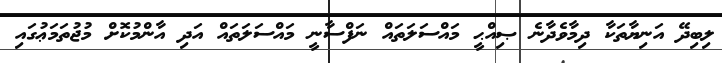
ލިބިދޭ އަނިޔާތަކާ ދިމާވެދާނެ ޞިއްޙީ މައްސަލަތައް ނަފްސާނީ މައްސަލަތައް އަދި އާންމުކޮށް މުޖުތަމަޢުގައި